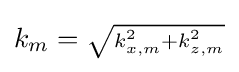
{\textstyle k_{m}={\sqrt {\scriptstyle k_{x,m}^{2}+k_{z,m}^{2}}}}